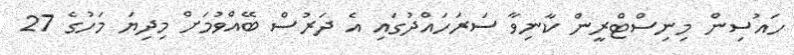
ހައުސިން މިނިސްޓްރީން ކާނިވާ ސަރަހައްދުގައި އެ ދަރުސް ބޭއްވުމަށް މިދިޔަ މަހުގެ 27